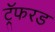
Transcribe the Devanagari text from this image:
ट्रॅफरड